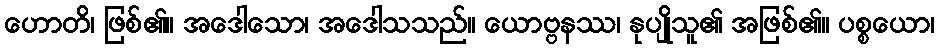
ဟောတိ၊ ဖြစ်၏။ အဒေါသော၊ အဒေါသသည်။ ယောဗ္ဗနဿ၊ နုပျိုသူ၏ အဖြစ်၏။ ပစ္စယော၊